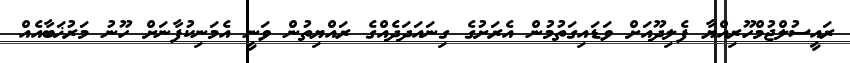
ރައީސުލްޖުމްހޫރިއްޔާ ފެލިދޫއަށް ވަޑައިގަތުމުން އެރަށުގެ ގިނައަދަދެއްގެ ރައްޔިތުން ވަނީ އެމަނިކުފާނަށް ހޫނު މަރުޚަބާއެއް